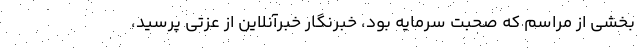
بخشی از مراسم که صحبت سرمایه بود، خبرنگار خبرآنلاین از عزتی پرسید،